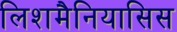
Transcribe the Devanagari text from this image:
लिशमैनियासिस